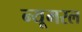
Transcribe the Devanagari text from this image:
न्यूमरल